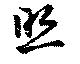
照